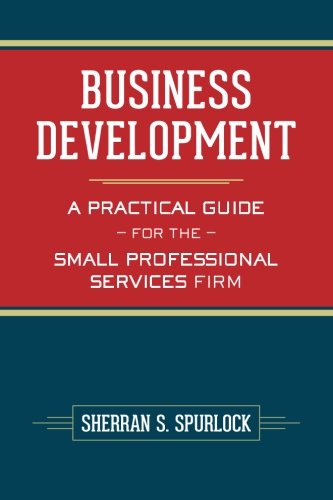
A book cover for Business Development: A Practical Guide for the Small Professional Services Firm; MS Sherran S Spurlock; Business & Money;